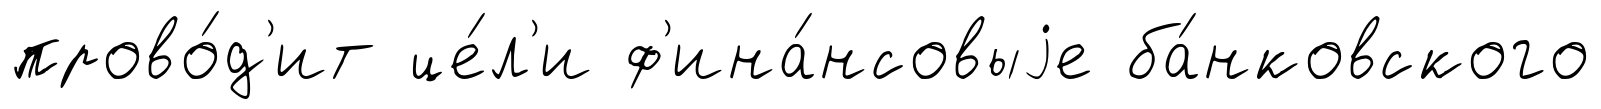
прово́д'ит це́л'и ф'ина́нсовыjе ба́нковского